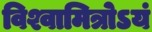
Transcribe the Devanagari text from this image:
विश्वामित्रोऽयं